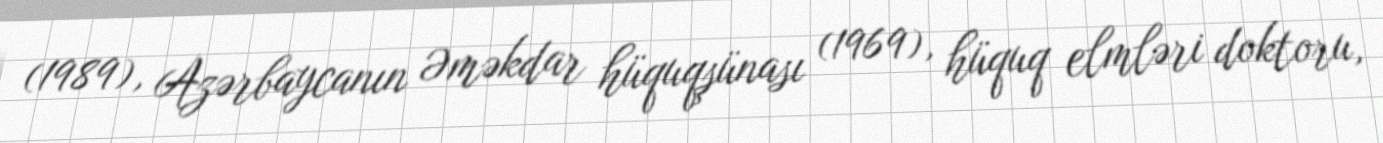
(1989), Azərbaycanın Əməkdar hüquqşünası (1969), hüquq elmləri doktoru,